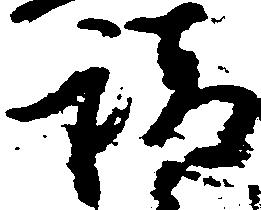
請